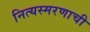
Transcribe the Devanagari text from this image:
नित्यस्मरणाची